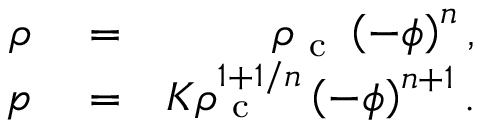
\begin{array} { r l r } { \rho } & { { } = } & { \rho _ { \mathrm { ~ c ~ } } \left( - \phi \right) ^ { n } , } \\ { p } & { { } = } & { K \rho _ { \mathrm { ~ c ~ } } ^ { 1 + 1 / n } \left( - \phi \right) ^ { n + 1 } . } \end{array}